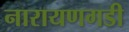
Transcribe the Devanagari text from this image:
नारायणगडी